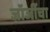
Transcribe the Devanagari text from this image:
जॉर्जीचा